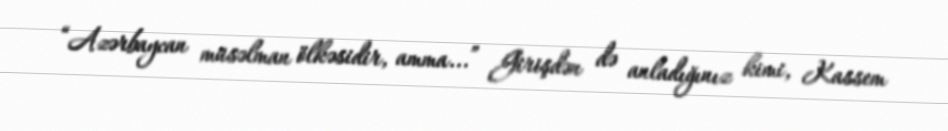
“Azərbaycan müsəlman ölkəsidir, amma...” Girişdən də anladığınız kimi, Kassem